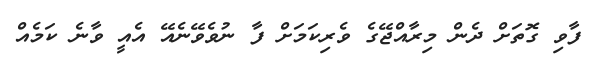
ފާވި ގޮތަށް ދެން މިރާއްޖޭގެ ވެރިކަމަށް ފާ ނުވެވޭނެއޭ އެއީ ވާނެ ކަމެއް